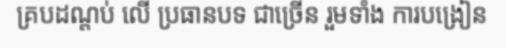
គ្របដណ្តប់ លើ ប្រធានបទ ជាច្រើន រួមទាំង ការបង្រៀន